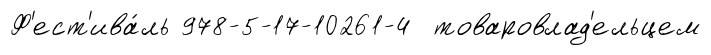
Ф'ест'ива́ль 978-5-17-10261-4 товаровлад'ельцем